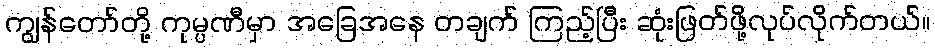
ကျွန်တော်တို့ ကုမ္ပဏီမှာ အခြေအနေ တချက် ကြည့်ပြီး ဆုံးဖြတ်ဖို့လုပ်လိုက်တယ်။